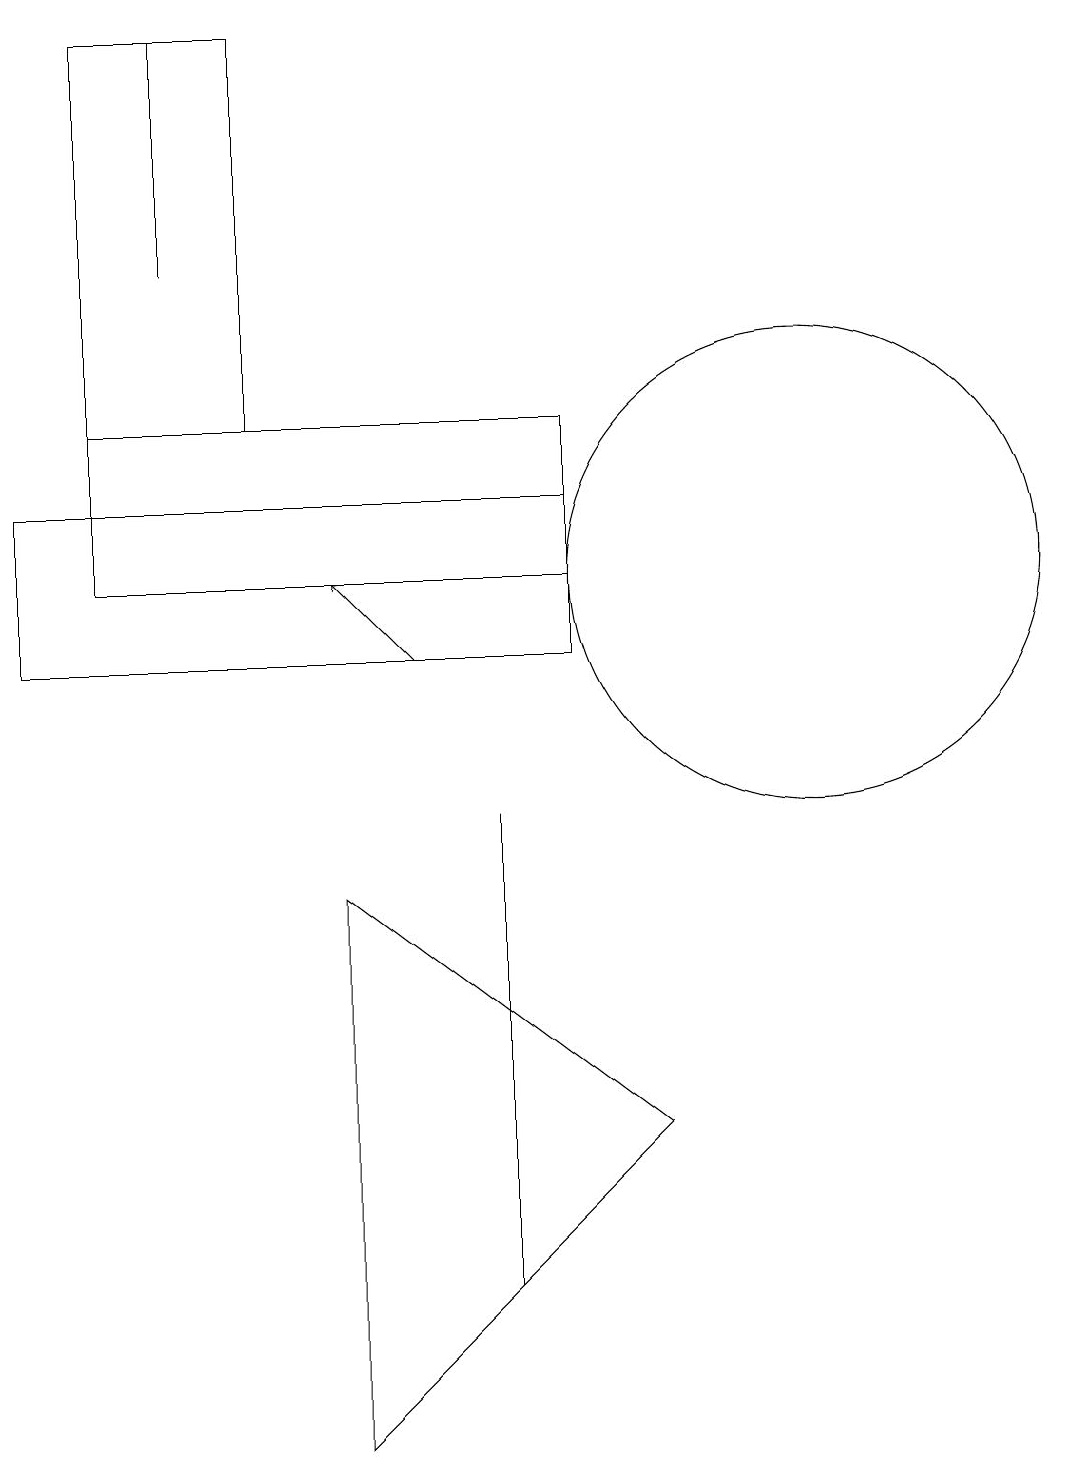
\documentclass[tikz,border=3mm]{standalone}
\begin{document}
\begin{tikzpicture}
\draw (10,11) circle (3);
\draw (1,13) rectangle (3,18);
\draw (4,7) -- (4,0) -- (8,4) -- cycle;
\draw (2,18) rectangle (2,15);
\draw (6,2) -- (6,8) -- (6,4) -- cycle;
\draw (7,13) rectangle (1,11);
\draw (0,10) rectangle (7,12);
\draw[->] (5,10) -- (4,11);
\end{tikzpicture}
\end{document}